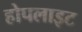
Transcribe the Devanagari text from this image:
होपलाइट